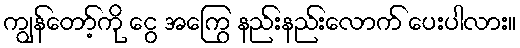
ကျွန်တော့်ကို ငွေ အကြွေ နည်းနည်းလောက် ပေးပါလား။